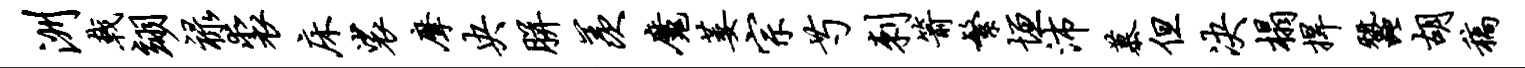
洲戟翊禄裘床裟摩央胼羡魔萎宗芍刺箭繁垣沛慕但决榻捍蚕胡稿